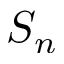
S _ { n }